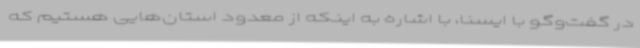
در گفت‌وگو با ایسنا، با اشاره به اینکه از معدود استان‌هایی هستیم که